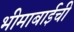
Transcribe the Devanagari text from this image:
भीमाबाईची